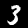
Digit: 3